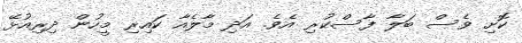
ކޮށި ވެސް ބަލާ ފާސްކުރި އެވެ. އަދި މާލެއާ ކައިރި މީހުން ދިރިއުޅޭ